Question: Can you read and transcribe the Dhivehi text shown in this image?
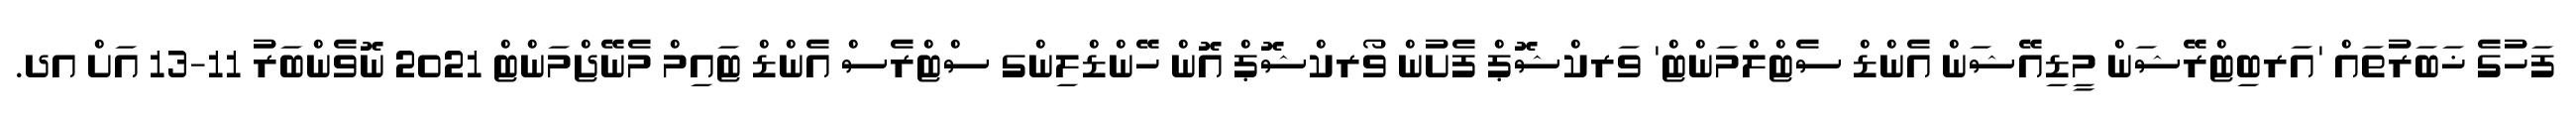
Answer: ފަހުގެ ޚަބަރުތައް 'އަރބިޓްރޭޝަން މީޑިއޭޝަން އެންޑް ސެޓްލްމަންޓް' ވަރކްޝޮޕް ފެށުން ވޯރކްޝޮޕް އޮން ހޭންޑްލިންގ ސްޓްރެސް އެންޑް ޓައިމް މެނޭޖްމަންޓް 2021 ނޮވެންބަރު 11-13 އަށް އދ.